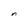
Character: n